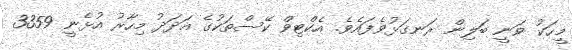
މީހަކު ވަނީ ބަލިން ރަނގަޅުވެފައެވެ. އެކްޓިވް ކޭސްތަކުގެ އަދަދު މިހާރު އުޅެނީ 3359